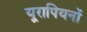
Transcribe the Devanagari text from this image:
यूरापियनों